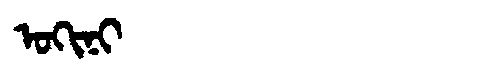
Manchu: ᠣᡴᡳᠨᡳ
Romanization: OKINI